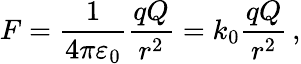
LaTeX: F={\frac{1}{4\pi\varepsilon_{0}}}{\frac{qQ}{r^{2}}}=k_{0}{\frac{qQ}{r^{2}}}\, ,